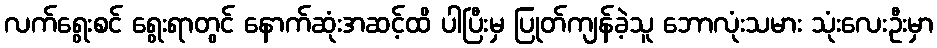
လက်ရွေးစင် ရွေးရာတွင် နောက်ဆုံးအဆင့်ထိ ပါပြီးမှ ပြုတ်ကျန်ခဲ့သူ ဘောလုံးသမား သုံးလေးဦးမှာ